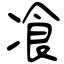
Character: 飡